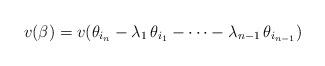
LaTeX: \begin{align*} v(\beta)=v(\theta_{i_{n}}-\lambda_1\,\theta_{i_1}-\cdots-\lambda_{n-1}\,\theta_{i_{n-1}}) \end{align*}